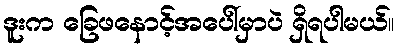
ဒူးက ခြေဖနောင့်အပေါ်မှာပဲ ရှိရပါမယ်။